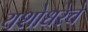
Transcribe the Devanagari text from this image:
यशोधरेचे